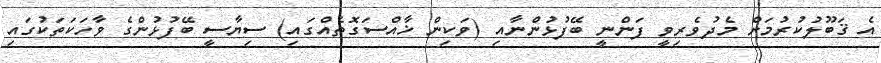
އެ ޤަބޫލުކުރުމަށް މެދުވެރިވީ ފަންނީ ބޭފުޅުންނާއި (ވަކިން ޚާއްސަގޮތެއްގައި) ސިޔާސީ ބޭފުޅުންގެ ވާހަކަތަކުގައި